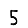
Digit: 5